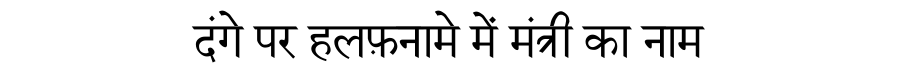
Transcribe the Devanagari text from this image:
दंगे पर हलफ़नामे में मंत्री का नाम